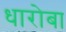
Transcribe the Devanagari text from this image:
धारोबा